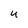
Character: U